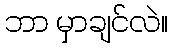
ဘာ မှာချင်လဲ။